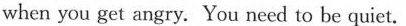
when you get angry. You need to be quiet.